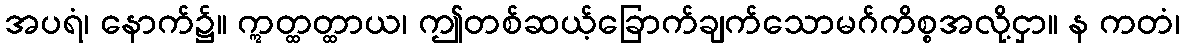
အပရံ၊ နောက်၌။ ဣတ္ထတ္ထာယ၊ ဤတစ်ဆယ့်ခြောက်ချက်သောမဂ်ကိစ္စအလို့ငှာ။ န ကတံ၊